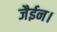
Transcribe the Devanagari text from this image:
जैईन।